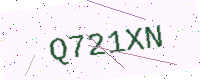
Text: Q721XN